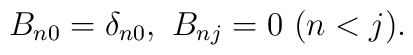
B_{n0}=\delta_{n0}, \ B_{nj}=0 \ (n < j).